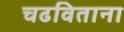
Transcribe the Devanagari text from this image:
चढविताना